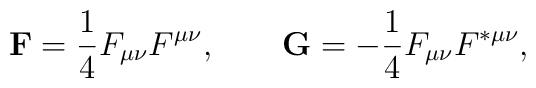
{\bf F}=\frac{1}{4}F\sb{\mu\nu}F\sp{\mu\nu}, \qquad{\bf G}=-\frac{1}{4}F\sb{\mu\nu}F\sp{\ast\mu\nu},